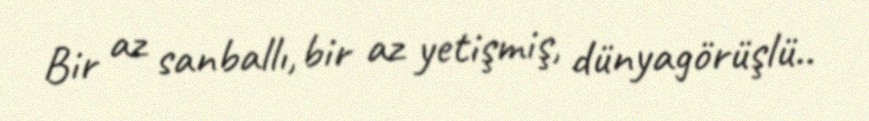
Bir az sanballı, bir az yetişmiş, dünyagörüşlü..